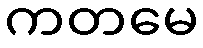
ကတမေ